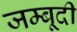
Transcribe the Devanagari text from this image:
जम्बूदी